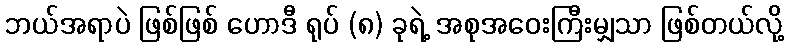
ဘယ်အရာပဲ ဖြစ်ဖြစ် ဟောဒီ ရုပ် (၈) ခုရဲ့ အစုအဝေးကြီးမျှသာ ဖြစ်တယ်လို့